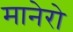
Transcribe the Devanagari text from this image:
मानेरो